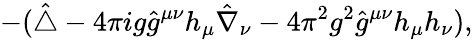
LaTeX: -(\hat{\triangle}-{4\pi i}g\hat{g}^{\mu\nu}h_{\mu}\hat{\nabla}_{\nu}-{4\pi^{2}}g^{2}\hat{g}^{\mu\nu}h_{\mu}h_{\nu}),